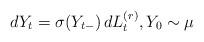
LaTeX: \begin{align*} dY_t = \sigma(Y_{t-}) \, dL_t^{(r)}, Y_0 \sim \mu \end{align*}